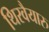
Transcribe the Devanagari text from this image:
थिरवैयारु